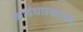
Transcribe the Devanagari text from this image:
कार्डधारकाच्या